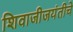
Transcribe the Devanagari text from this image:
शिवाजीजयंतीचे